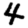
Digit: 4